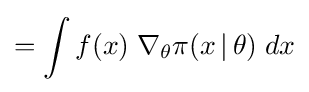
=\int f(x)\;\nabla _{\theta }\pi (x\,|\,\theta )\;dx